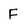
Character: F